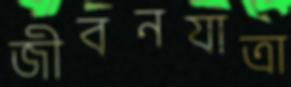
জীবনযাত্রা